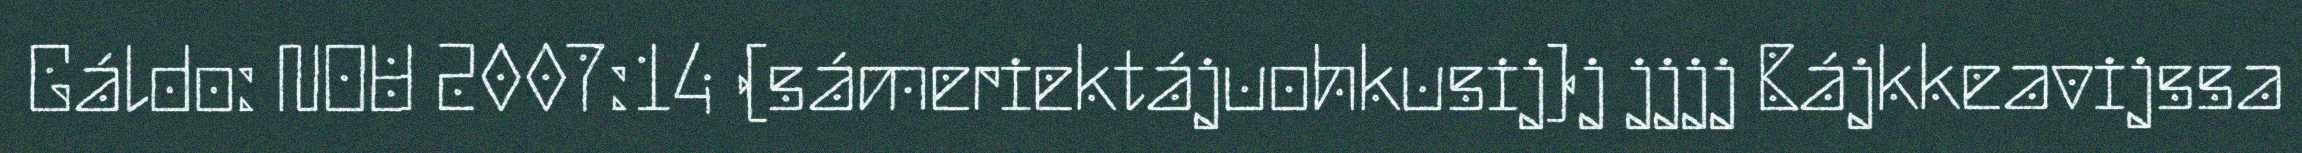
Gáldo: NOU 2007:14 (sámeriektájuohkusij)j jjjj Bájkkeavijssa